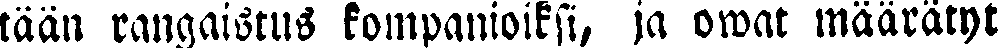
tään rangaistus kompanioiksi, ja owat määrätyt